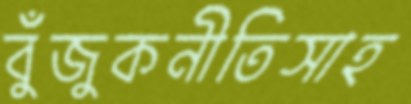
বুঁজুকনীতিসাহ